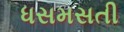
ધસમસતી